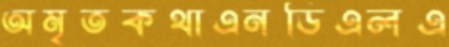
অমৃতকথাএনডিএলএ